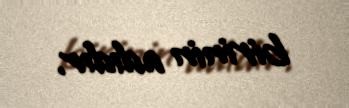
birinin adıdır.